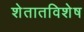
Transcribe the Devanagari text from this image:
शेतातविशेष